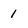
Character: 1